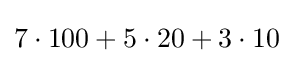
7\cdot 100+5\cdot 20+3\cdot 10